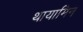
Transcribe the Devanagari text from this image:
थायामिन